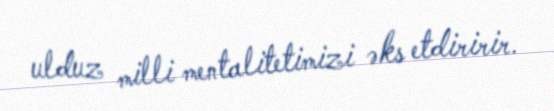
ulduz milli mentalitetimizi əks etdiririr.